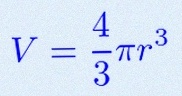
V=\frac43\pi r^3